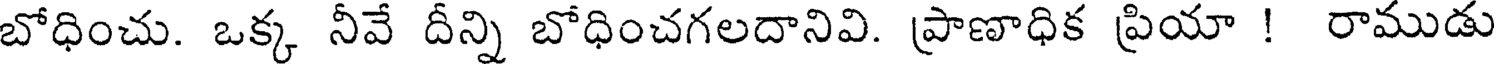
బోధించు. ఒక్క నీవే దీన్ని బోధించగలదానివి. ప్రాణాధిక ప్రియా ! రాముడు